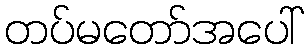
တပ်မတော်အပေါ်